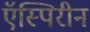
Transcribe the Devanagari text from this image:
ऍस्पिरीन